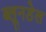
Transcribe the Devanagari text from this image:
ब्लूनडेल